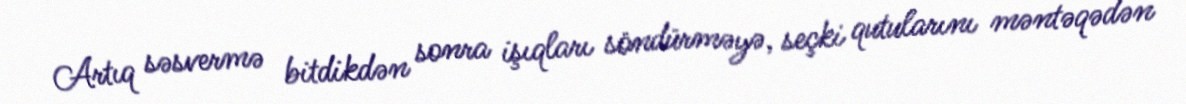
Artıq səsvermə bitdikdən sonra işıqları söndürməyə, seçki qutularını məntəqədən